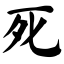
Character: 死